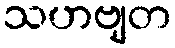
သဟဗျတ